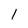
Character: 1